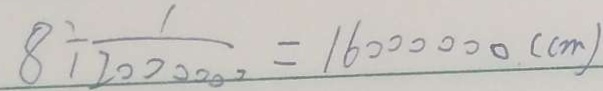
8 \div \frac { 1 } { 2 0 0 0 0 0 0 } = 1 6 0 0 0 0 0 0 ( c m )